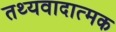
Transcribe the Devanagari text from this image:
तथ्यवादात्मक